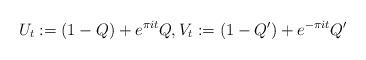
LaTeX: \begin{align*} U_t: = (1-Q) + e^{\pi it} Q ,V_t:= (1-Q')+ e^{- \pi it} Q'\end{align*}